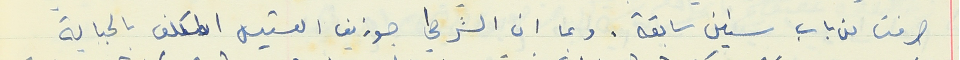
صرفت من باب سنين سابقة . وبما ان الشرطي جوزيف القسيس المكلف بالجباية